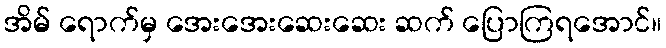
အိမ် ရောက်မှ အေးအေးဆေးဆေး ဆက် ပြောကြရအောင်။